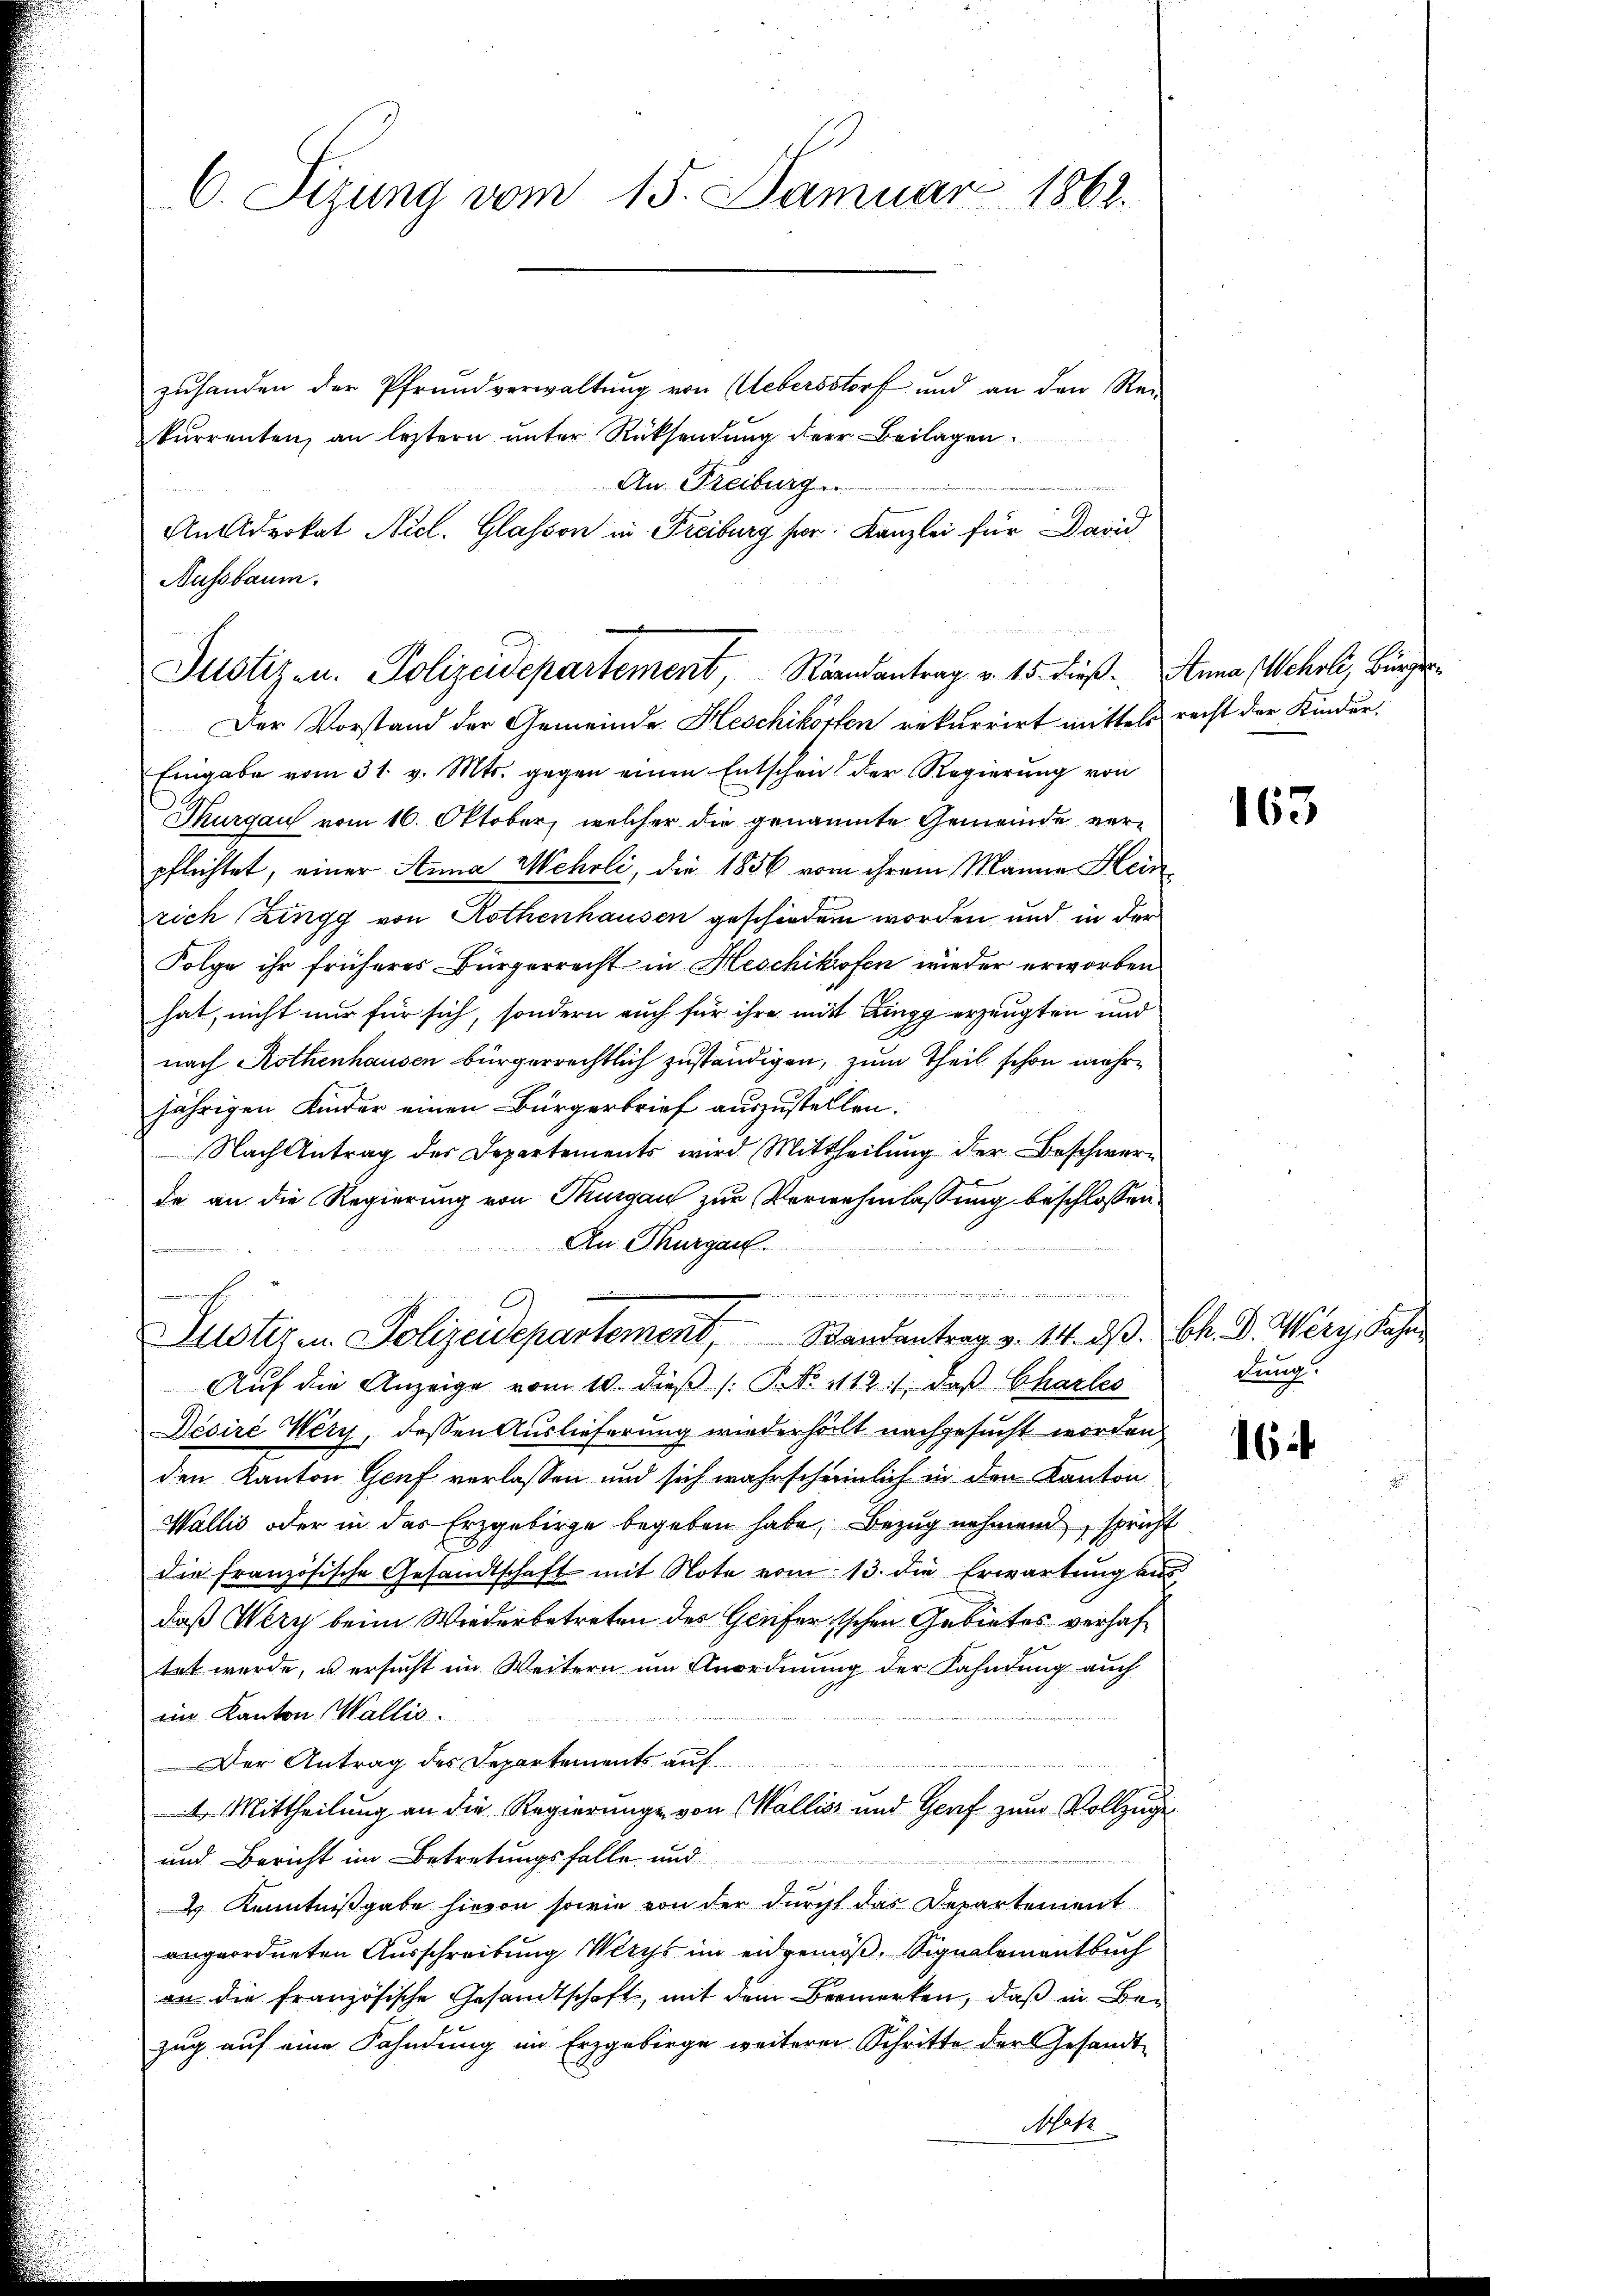
C. Sizung vom 15. Januar 1862.

zuhanden der Pfrundverwaltung von Uebersstorf und an den Re-
kurrenten, an leztern unter Rücksendung der Beilagen.
An Freiburg
Anlderkat Nicl. Glassen in Freiburg her: Kanzlei für David
Der Vorstand der Gemeinde Heschikörten rekurrirt mittels recht der Kinder¬
Eingabe vom 31. v. Mts. gegen einen Entschein der Regierung von
Thurgau vom 16. Oktober, welcher die genannte Gemeinde verpflichtet, einer Anna Wehrli, die 1856 vom ihrem Manne Heinrich Zingg von Rothenhausen geschieden worden und in der
Folge ihr früheres Bürgerrecht in Heschikofen wieder erworben
hat, nicht nur für sich, sondern auch für ihre mit Zingg erzeugten und
nach Rothenhausen bürgerrechtlich zuständigen, zum Theil schon mehrjährigen Kinder einen Bürgerbrief auszustellen.
Nach Antrag der Departements wird Mittheilung der Beschwere
de an die Regierung von Thurgau zur Verwehnnlassung beschlossen
An Thurgau
e
Justiz in Polizeidepartement Randantrag v. 14. dβ. Ch. D. Wery, Sahn
Aŭf die Anzeige vom 10. dieβ /: P. No 112. 1, daß Charles
Désire Wery, dessen Auslieferung wiederholt nachgesucht worden.
den Kanton Genf verlassen und sich wahrscheinlich in den Kanton
Wallis oder in das Erzgebirge begeben habe, Bezug nehmend, spricht
die französische Gesandtschaft mit Note vom 13. die Erwartung aus
daß Wery beim Wiederbetreten des Genfertschen Gebietes verhaftet wurde, u ersucht im Weitern um Anordnung der Fahndung auch
ein Kanton Wallis.
Der Antrag des Departements auf
4 Mittheilung an die Regierunge von Wallis und Graf zum Vollzuge
und Bericht im Betretungsfalle und
 Kenntnißgabe hievon sowie von der durcht das Departement
angeordneten Ausschreibung Werts im eidgenöß, Signalementbuch
an die französische Gesandtschaft, mit dem Bemerken, daß in Bezug auf eine Fahndung im Erzgebirge weiterer Schritte der Gesandt
Moh

Nussbaum.
Justiz- u. Polizeidepartement, Randantrag v. 15. dieß. Anna Wehrli, Bürger¬

163

dung.

6